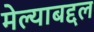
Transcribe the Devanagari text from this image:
मेल्याबद्दल